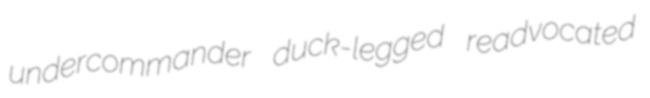
undercommander duck-legged readvocated